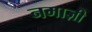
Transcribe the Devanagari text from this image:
नमाज़ी